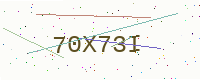
Text: 70X73I